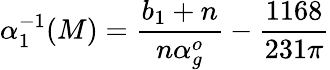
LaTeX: \alpha_{1}^{-1}(M)=\frac{b_{1}+n}{n\alpha_{g}^{o}}-\frac{1168}{231\pi}